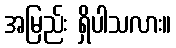
အမြည်း ရှိပါသလား။